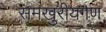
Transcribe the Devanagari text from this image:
समखुरीयगण